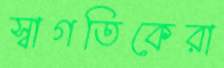
স্বাগতিকেরা